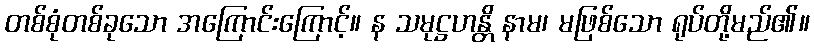
တစ်စုံတစ်ခုသော အကြောင်းကြောင့်။ န သမုဋ္ဌဟန္တိ နာမ၊ မဖြစ်သော ရုပ်တို့မည်၏။